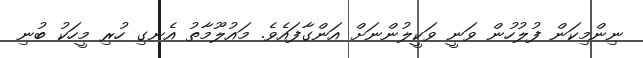
ނިންމިކަން ފުލުހުން ވަނީ ވަކީލުންނަށް އަންގާފައެވެ. މައުލޫމާތު އެނގި ހުރި މީހަކު ބުނި